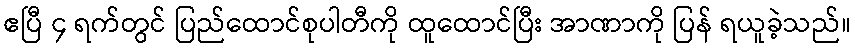
ဧပြီ ၄ ရက်တွင် ပြည်ထောင်စုပါတီကို ထူထောင်ပြီး အာဏာကို ပြန် ရယူခဲ့သည်။